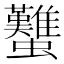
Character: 𧕴